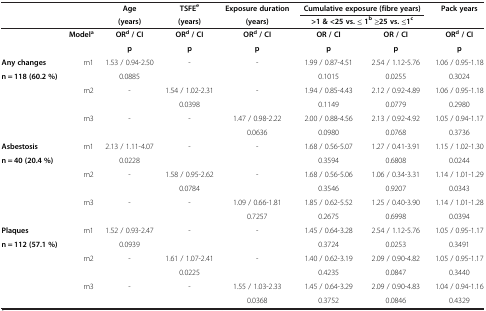
<table><thead><tr><td><b> </b></td><td><b> </b></td><td><b>Age</b></td><td><b>TSFE<sup>e</sup></b></td><td><b>Exposure duration</b></td><td colspan="2"><b>Cumulative exposure (fibre years)</b></td><td><b>Pack years</b></td></tr><tr><td><b> </b></td><td><b> </b></td><td><b>(years)</b></td><td><b>(years)</b></td><td><b>(years)</b></td><td colspan="2"><b>&gt;1 &amp; &lt;25 vs. ≤ 1<sup>b</sup>≥25 vs. ≤1<sup>c</sup></b></td><td><b> </b></td></tr></thead><tbody><tr><td> </td><td><b>Model</b><sup><b>a</b></sup></td><td><b>OR</b><sup><b>d</b></sup><b>/ CI</b></td><td><b>OR</b><sup><b>d</b></sup><b>/ CI</b></td><td><b>OR</b><sup><b>d</b></sup><b>/ CI</b></td><td><b>OR / CI</b></td><td><b>OR / CI</b></td><td><b>OR</b><sup><b>d</b></sup><b>/ CI</b></td></tr><tr><td> </td><td> </td><td><b>p</b></td><td><b>p</b></td><td><b>p</b></td><td><b>p</b></td><td><b>p</b></td><td><b>p</b></td></tr><tr><td><b>Any changes</b></td><td>m1</td><td>1.53 / 0.94-2.50</td><td>-</td><td>-</td><td>1.99 / 0.87-4.51</td><td>2.54 / 1.12-5.76</td><td>1.06 / 0.95-1.18</td></tr><tr><td><b>n = 118 (60.2 %)</b></td><td> </td><td>0.0885</td><td> </td><td> </td><td>0.1015</td><td>0.0255</td><td>0.3024</td></tr><tr><td> </td><td>m2</td><td>-</td><td>1.54 / 1.02-2.31</td><td>-</td><td>1.94 / 0.85-4.43</td><td>2.12 / 0.92-4.89</td><td>1.06 / 0.95-1.18</td></tr><tr><td> </td><td> </td><td> </td><td>0.0398</td><td> </td><td>0.1149</td><td>0.0779</td><td>0.2980</td></tr><tr><td> </td><td>m3</td><td>-</td><td>-</td><td>1.47 / 0.98-2.22</td><td>2.00 / 0.88-4.56</td><td>2.13 / 0.92-4.92</td><td>1.05 / 0.94-1.17</td></tr><tr><td> </td><td> </td><td> </td><td> </td><td>0.0636</td><td>0.0980</td><td>0.0768</td><td>0.3736</td></tr><tr><td><b>Asbestosis</b></td><td>m1</td><td>2.13 / 1.11-4.07</td><td>-</td><td>-</td><td>1.68 / 0.56-5.07</td><td>1.27 / 0.41-3.91</td><td>1.15 / 1.02-1.30</td></tr><tr><td><b>n = 40 (20.4 %)</b></td><td> </td><td>0.0228</td><td> </td><td> </td><td>0.3594</td><td>0.6808</td><td>0.0244</td></tr><tr><td> </td><td>m2</td><td>-</td><td>1.58 / 0.95-2.62</td><td>-</td><td>1.68 / 0.56-5.06</td><td>1.06 / 0.34-3.31</td><td>1.14 / 1.01-1.29</td></tr><tr><td> </td><td> </td><td> </td><td>0.0784</td><td> </td><td>0.3546</td><td>0.9207</td><td>0.0343</td></tr><tr><td> </td><td>m3</td><td>-</td><td>-</td><td>1.09 / 0.66-1.81</td><td>1.85 / 0.62-5.52</td><td>1.25 / 0.40-3.90</td><td>1.14 / 1.01-1.28</td></tr><tr><td> </td><td> </td><td> </td><td> </td><td>0.7257</td><td>0.2675</td><td>0.6998</td><td>0.0394</td></tr><tr><td><b>Plaques</b></td><td>m1</td><td>1.52 / 0.93-2.47</td><td>-</td><td>-</td><td>1.45 / 0.64-3.28</td><td>2.54 / 1.12-5.76</td><td>1.05 / 0.95-1.17</td></tr><tr><td><b>n = 112 (57.1 %)</b></td><td> </td><td>0.0939</td><td> </td><td> </td><td>0.3724</td><td>0.0253</td><td>0.3491</td></tr><tr><td> </td><td>m2</td><td>-</td><td>1.61 / 1.07-2.41</td><td>-</td><td>1.40 / 0.62-3.19</td><td>2.09 / 0.90-4.82</td><td>1.05 / 0.95-1.17</td></tr><tr><td> </td><td> </td><td> </td><td>0.0225</td><td> </td><td>0.4235</td><td>0.0847</td><td>0.3440</td></tr><tr><td> </td><td>m3</td><td>-</td><td>-</td><td>1.55 / 1.03-2.33</td><td>1.45 / 0.64-3.29</td><td>2.09 / 0.90-4.83</td><td>1.04 / 0.94-1.16</td></tr><tr><td> </td><td> </td><td> </td><td> </td><td>0.0368</td><td>0.3752</td><td>0.0846</td><td>0.4329</td></tr></tbody></table>